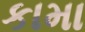
કામા